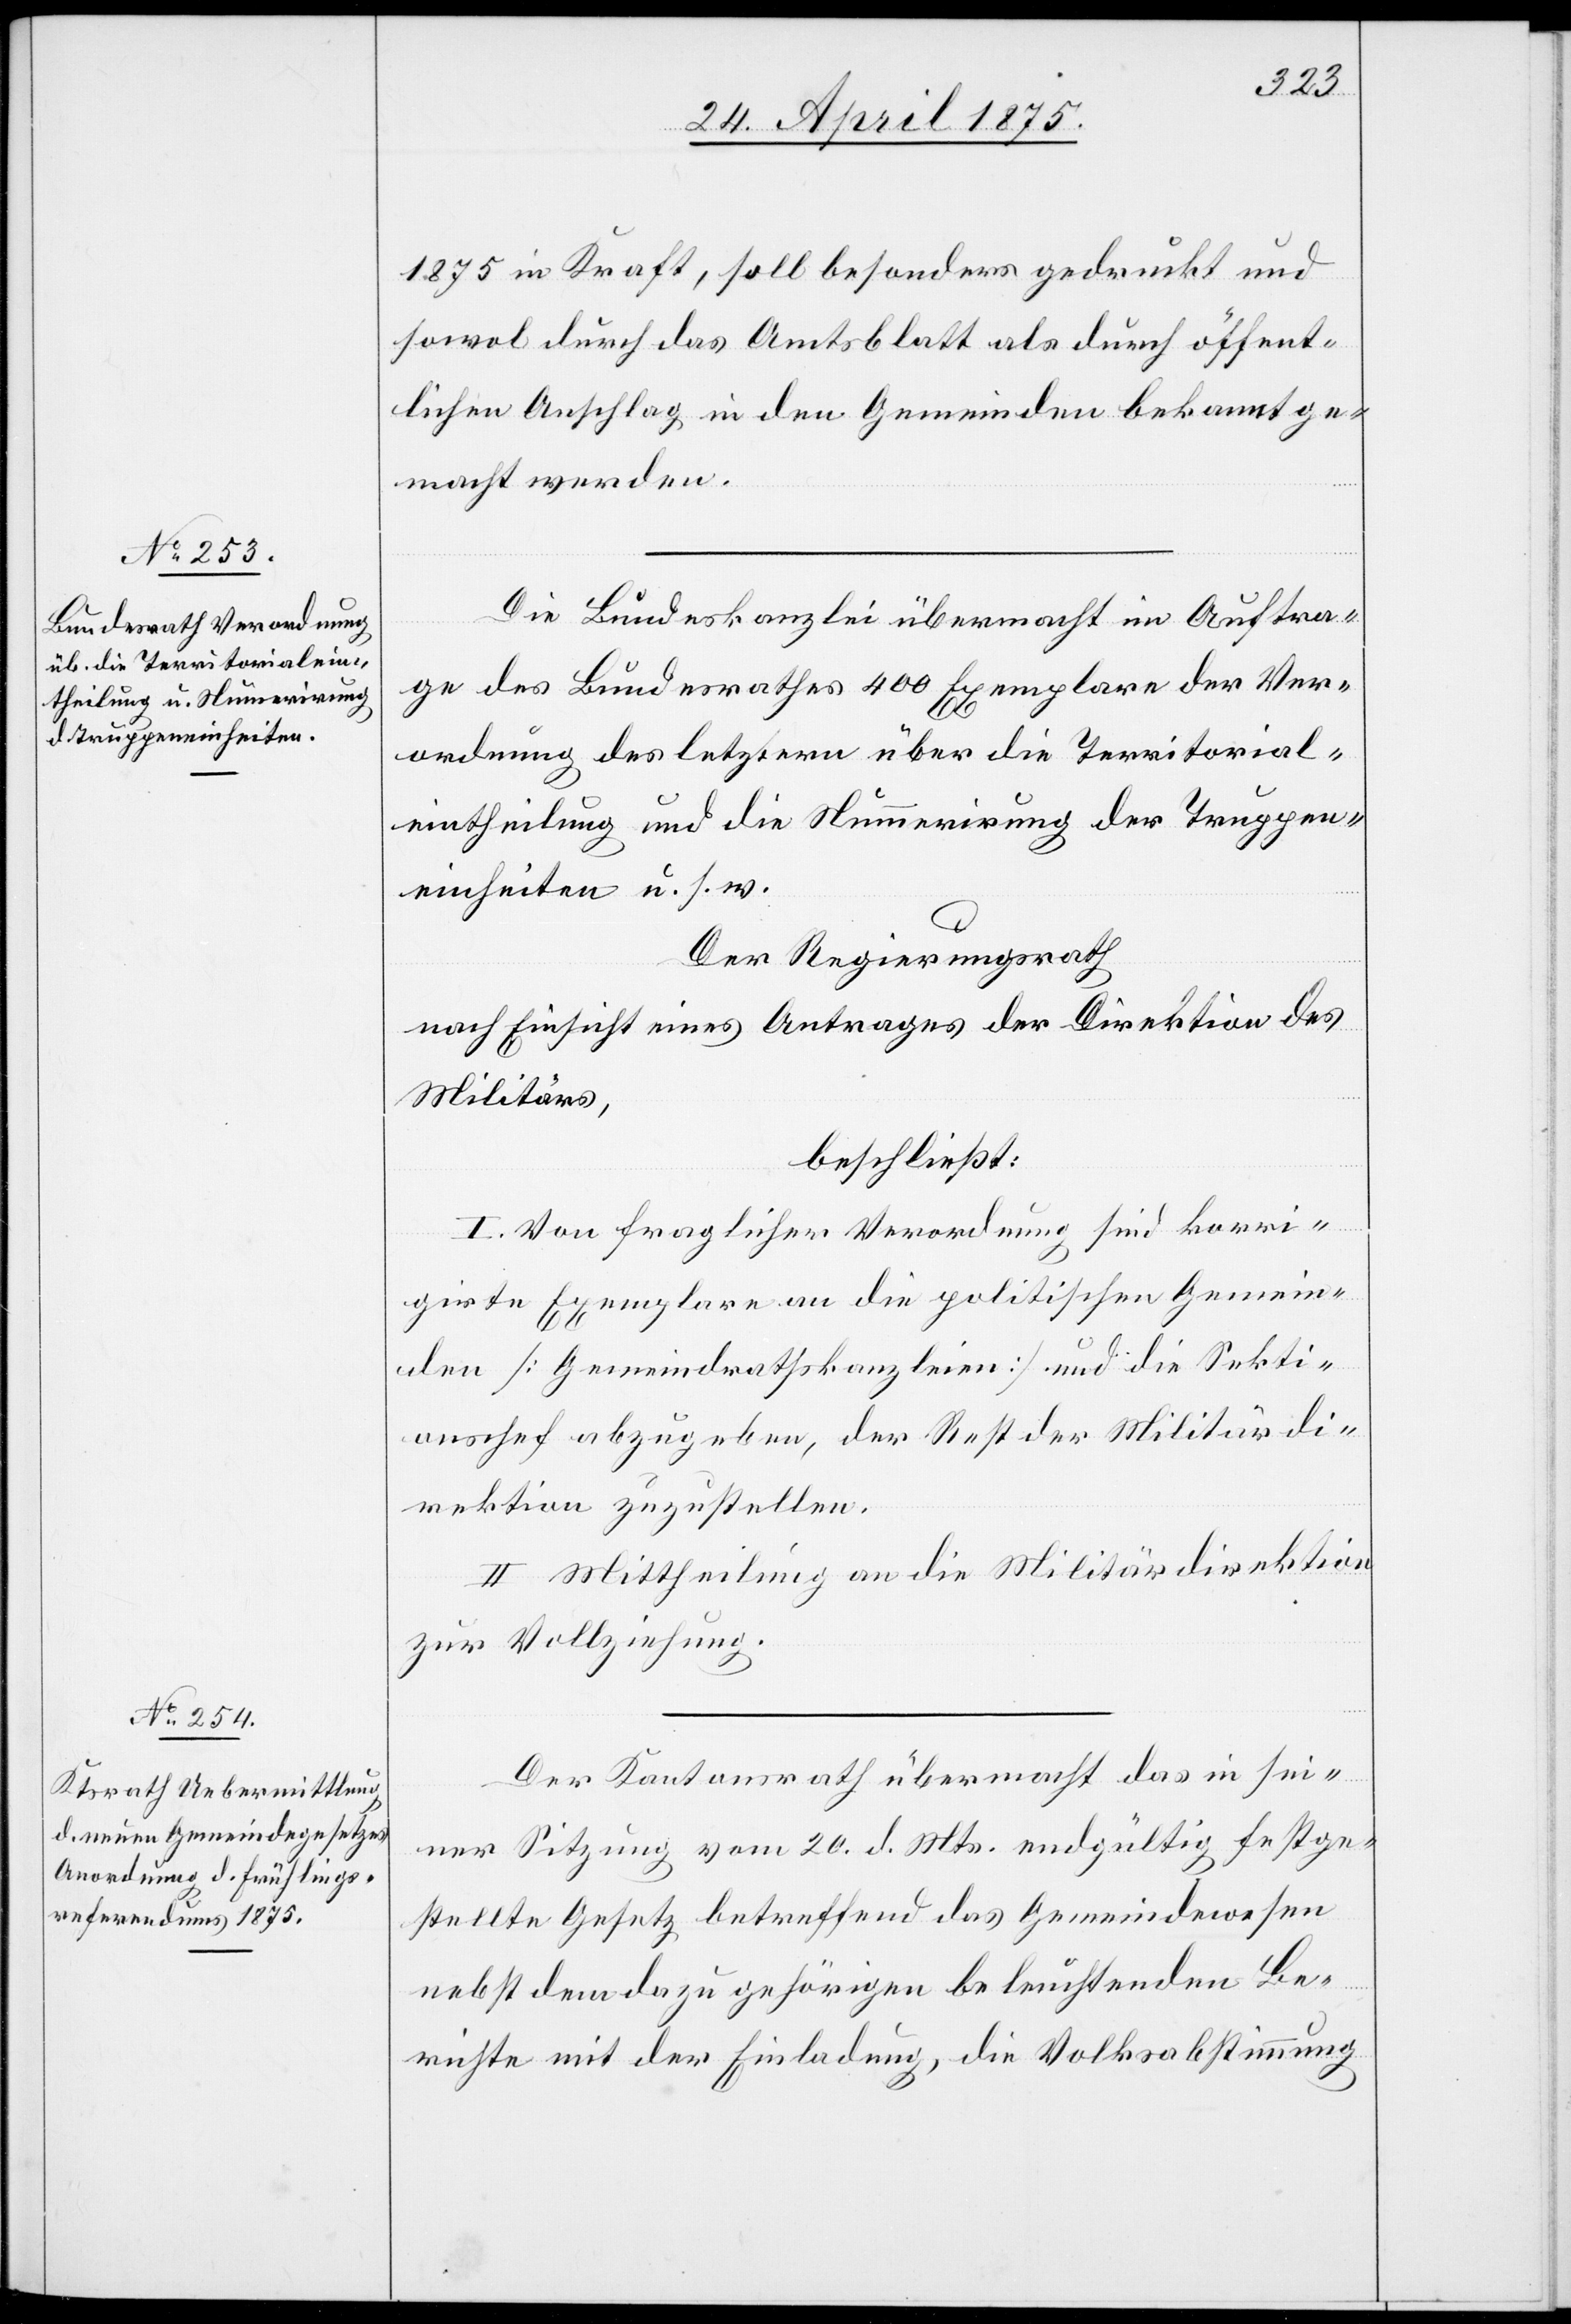
1875 in Kraft, soll besonders gedruckt und
sowol durch das Amtsblatt als durch öffent¬
lichen Anschlag in den Gemeinden bekannt ge¬
macht werden.
Die Bundeskanzlei übermacht im Auftra¬
ge des bundesrathes 400 Exemplare der Ver¬
ordnung des letztern über die Territorial¬
eintheilung und Nummerierung der Truppen¬
einheiten u. s. w.
Der Regierungsrath
nach Einsicht eines Antrages der Direktion des
Militärs,
beschließt:
I. Von fraglicher Verordnung sind korri¬
girte Exemplare an die politischen Gemein¬
den [Gemeindrathskanzleien] und die Sekti¬
onschef abzugeben, der Rest der Militärdi¬
rektion zuzustellen.
II. Mittheilung an die Militärdirektion
zur Vollziehung.
Der Kantonsrath übermacht das in sei¬
ner Sitzung vom 20. d. Mts. endgültig festge¬
stellte Gesetz betreffend das Gemeindewesen
nebst dem dazugehörigen beleuchtenden Be¬
richte mit der Einladung, die Volksabstimmung